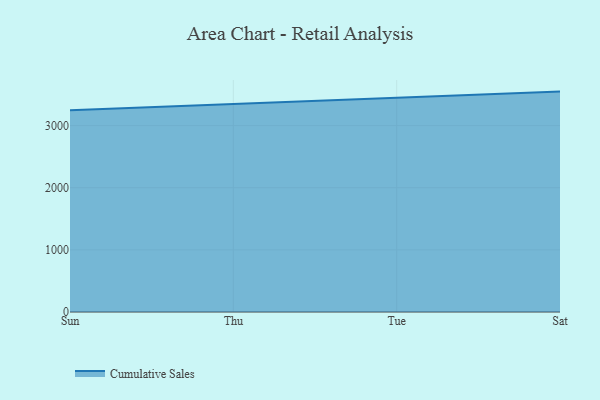
{"axis": {"x": "Day", "y": "Satisfaction Score"}, "legend": ["Cumulative Sales"], "data": [{"x": "Sun", "y": 3247.8, "type": "Cumulative Sales"}, {"x": "Thu", "y": 3347.1, "type": "Cumulative Sales"}, {"x": "Tue", "y": 3454.2, "type": "Cumulative Sales"}, {"x": "Sat", "y": 3547.1, "type": "Cumulative Sales"}]}